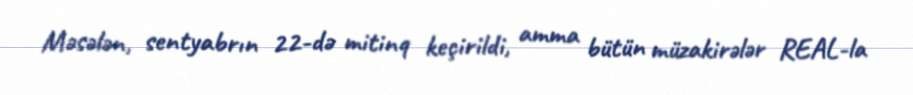
Məsələn, sentyabrın 22-də mitinq keçirildi, amma bütün müzakirələr REAL-la